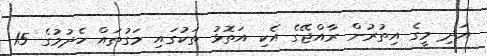
އަދި މީގެ އިތުރުން ރާއްޖޭގެ އެކި އަތޮޅު ތަކުގައި މަގުތައް ހެދުމުގެ 15